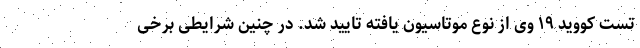
تست کووید ۱۹ وی از نوع موتاسیون یافته تایید شد. در چنین شرایطی برخی